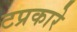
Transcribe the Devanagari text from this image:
टप्रकारे